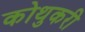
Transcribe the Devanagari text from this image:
कोथुकरी